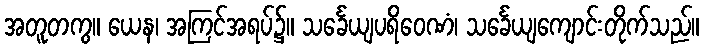
အတူတကွ။ ယေန၊ အကြင်အရပ်၌။ သင်္ခေယျပရိဝေဏံ၊ သင်္ခေယျကျောင်းတိုက်သည်။